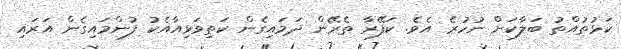
ކަޅުތުއްތު ބަލާކަށް ނުހުރެ އެވެ. ކަފޭރާ ތެރޭން ދަމައިގެން ކަތިވަޅިއާއެކު ފުންމައިގެން އަރައި